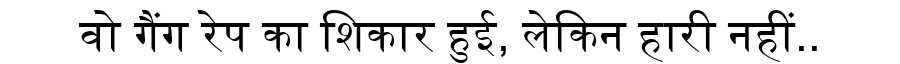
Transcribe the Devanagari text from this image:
वो गैंग रेप का शिकार हुई, लेकिन हारी नहीं..